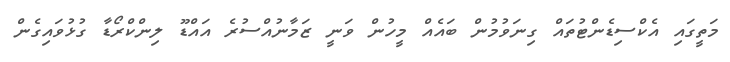
މަތީގައި އެކްސިޑެންޓުތައް ގިނަވުމުން ބައެއް މީހުން ވަނީ ޒަމާނުއްސުރެ އައްޑޫ ލިންކްރޯޑާ ގުޅުވައިގެން